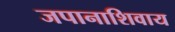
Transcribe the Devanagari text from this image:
जपानाशिवाय